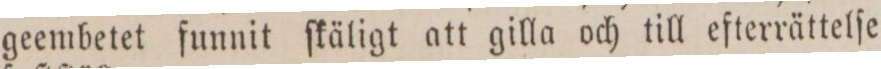
geembetet funnit ſkäligt att gilla och till efterrättelſe